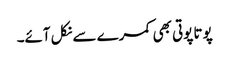
پوتا پوتی بھی کمرے سے نکل آئے۔